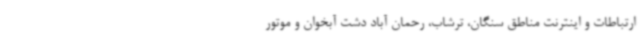
ارتباطات و اینترنت مناطق سنگان، ترشاب، رحمان آباد دشت آبخوان و موتور